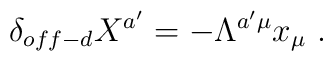
\delta_{off-d}X^{a'}=-\Lambda^{a'\mu}x_\mu\ .